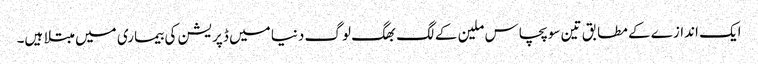
ایک اندازے کے مطابق تین سو پچاس ملین کے لگ بھگ لوگ دنیا میں ڈپریشن کی بیماری میں مبتلا ہیں۔